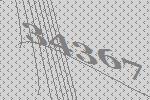
34367